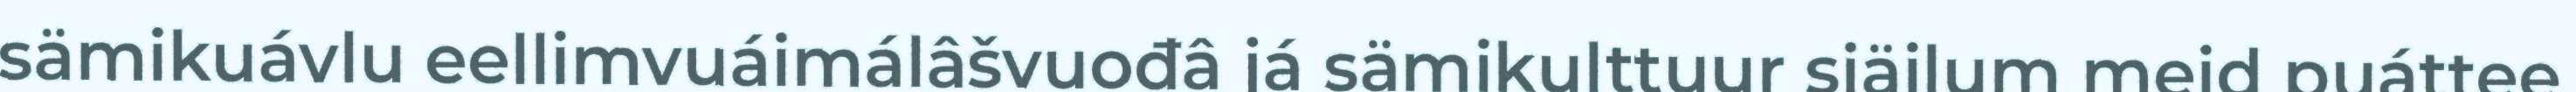
sämikuávlu eellimvuáimálâšvuođâ já sämikulttuur siäilum meid puáttee